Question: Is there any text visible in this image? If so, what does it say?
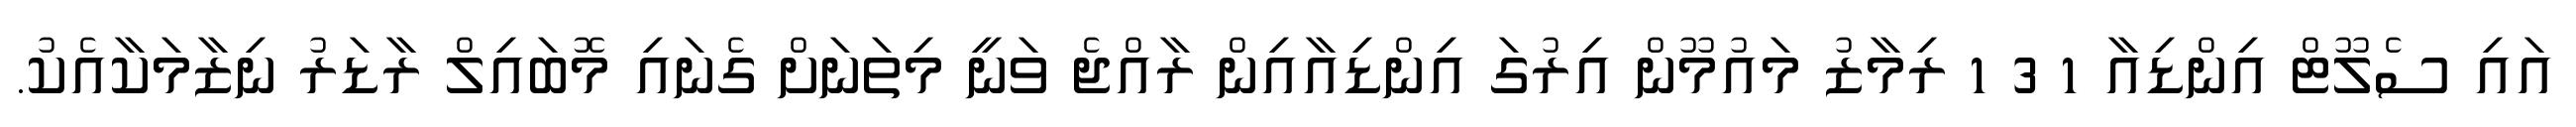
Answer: އައި ސެލޫޓް އިންޑިއާ 1 3 1 ރިމާޒު މައުމޫން އިރުގަ އިންޑިއާއިން ރާއްޖެ ވަނީ މިތަނަށް ގެނައި މޮބައިލް ރާޑަރު ނިޒާމަކާއެކު.